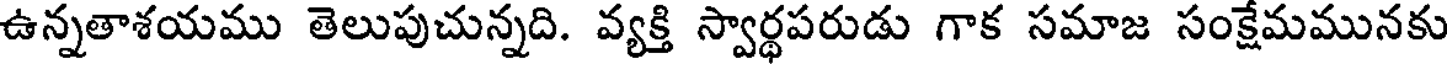
ఉన్నతాశయము తెలుపుచున్నది. వ్యక్తి స్వార్థపరుడు గాక సమాజ సంక్షేమమునకు